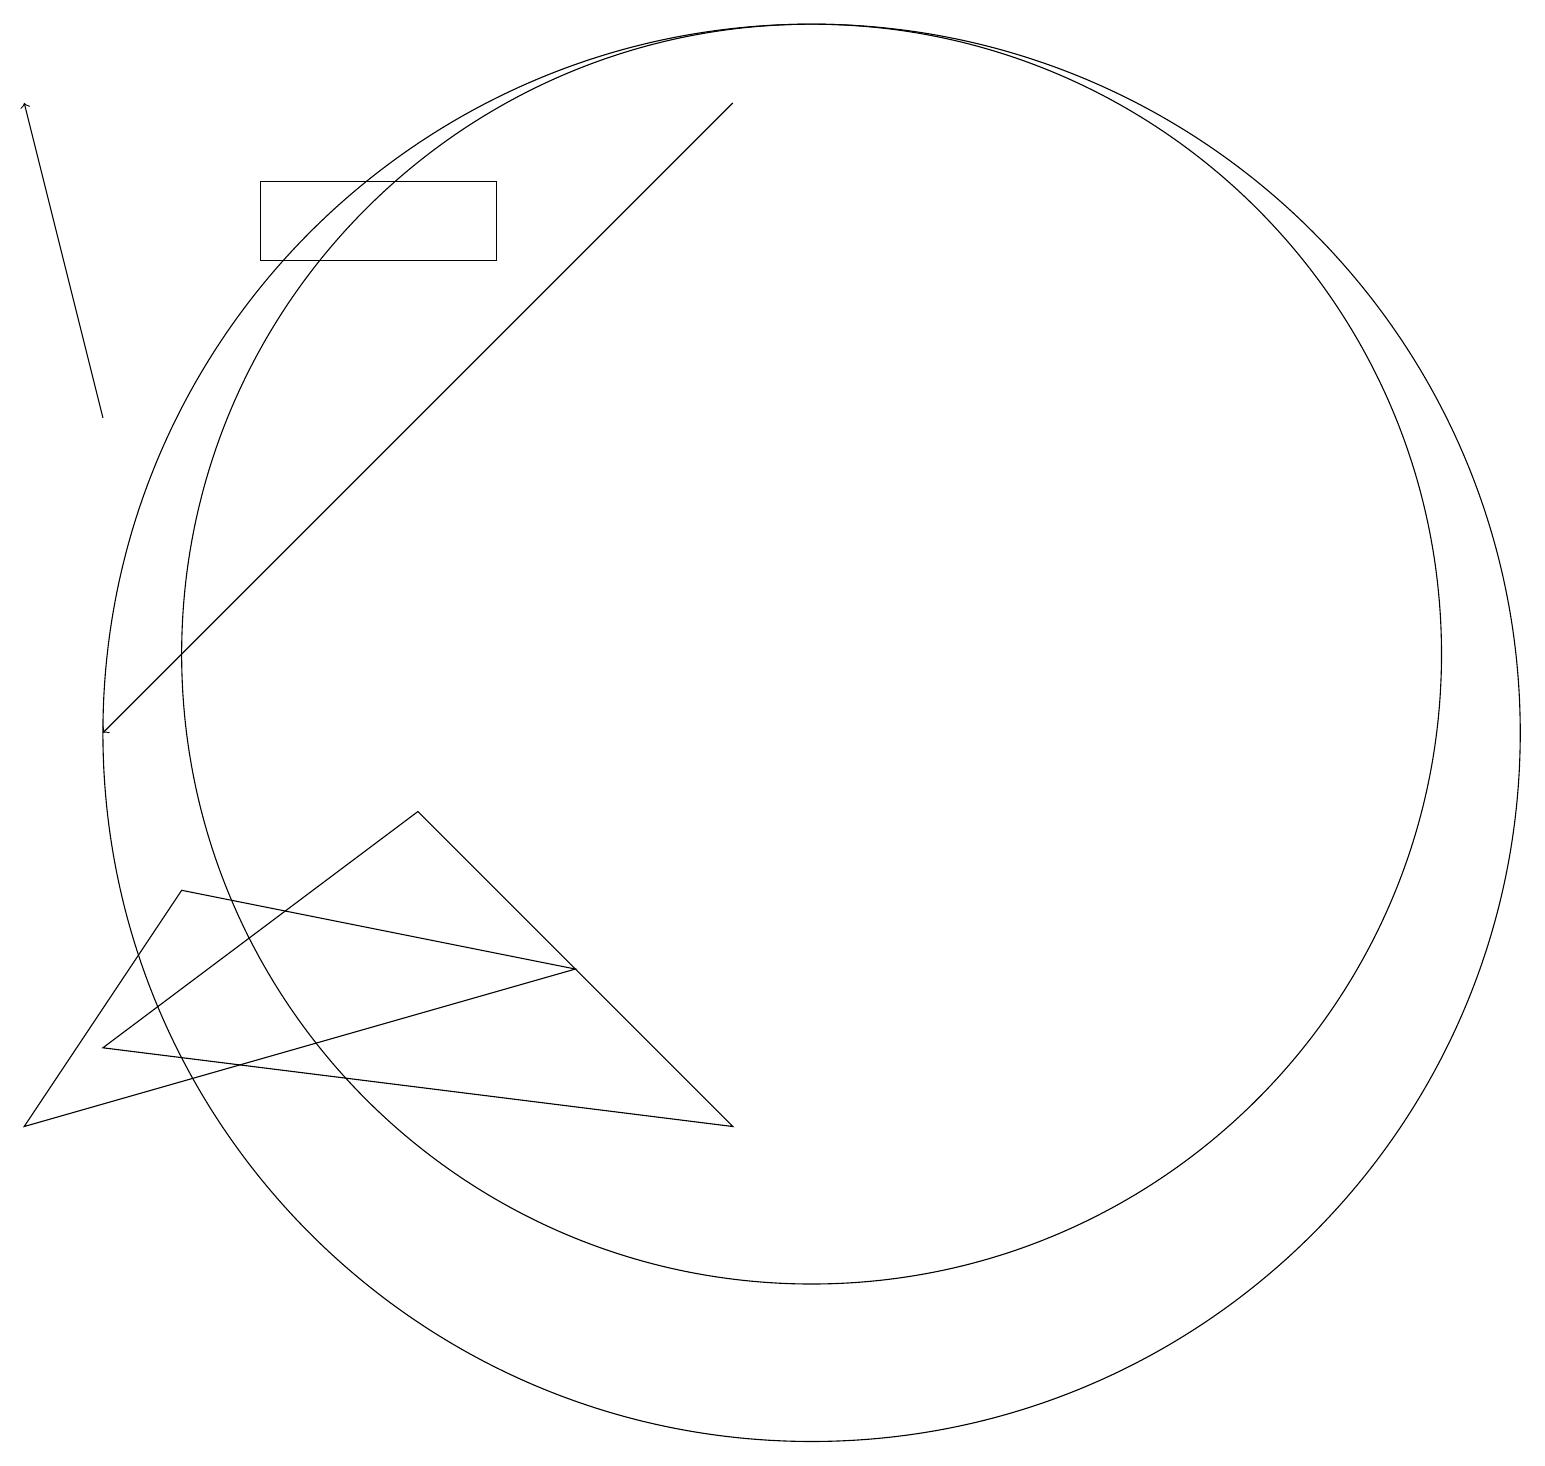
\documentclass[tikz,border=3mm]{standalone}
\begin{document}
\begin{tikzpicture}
\draw (10,11) circle (8);
\draw (2,8) -- (0,5) -- (7,7) -- cycle;
\draw (9,5) -- (1,6) -- (5,9) -- cycle;
\draw[->] (9,18) -- (1,10);
\draw (3,17) rectangle (6,16);
\draw[->] (1,14) -- (0,18);
\draw (10,10) circle (9);
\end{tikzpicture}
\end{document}